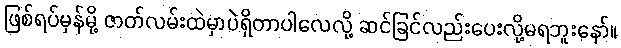
ဖြစ်ရပ်မှန်မို့ ဇာတ်လမ်းထဲမှာပဲရှိတာပါလေလို့ ဆင်ခြင်လည်းပေးလို့မရဘူးနော်။